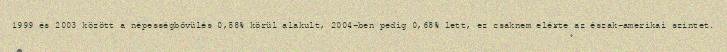
1999 és 2003 között a népességbővülés 0,58% körül alakult, 2004-ben pedig 0,68% lett, ez csaknem elérte az észak-amerikai szintet.